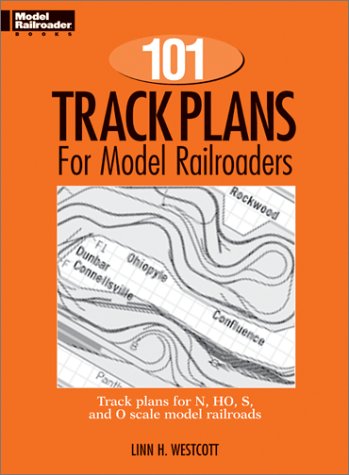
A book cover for One Hundred and One Track Plans for Model Railroaders (Model Railroad Handbook, No. 3); Linn Westcott; Crafts, Hobbies & Home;